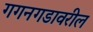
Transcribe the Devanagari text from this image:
गगनगडावरील